Heimtali_vallavalitsus, lk 10
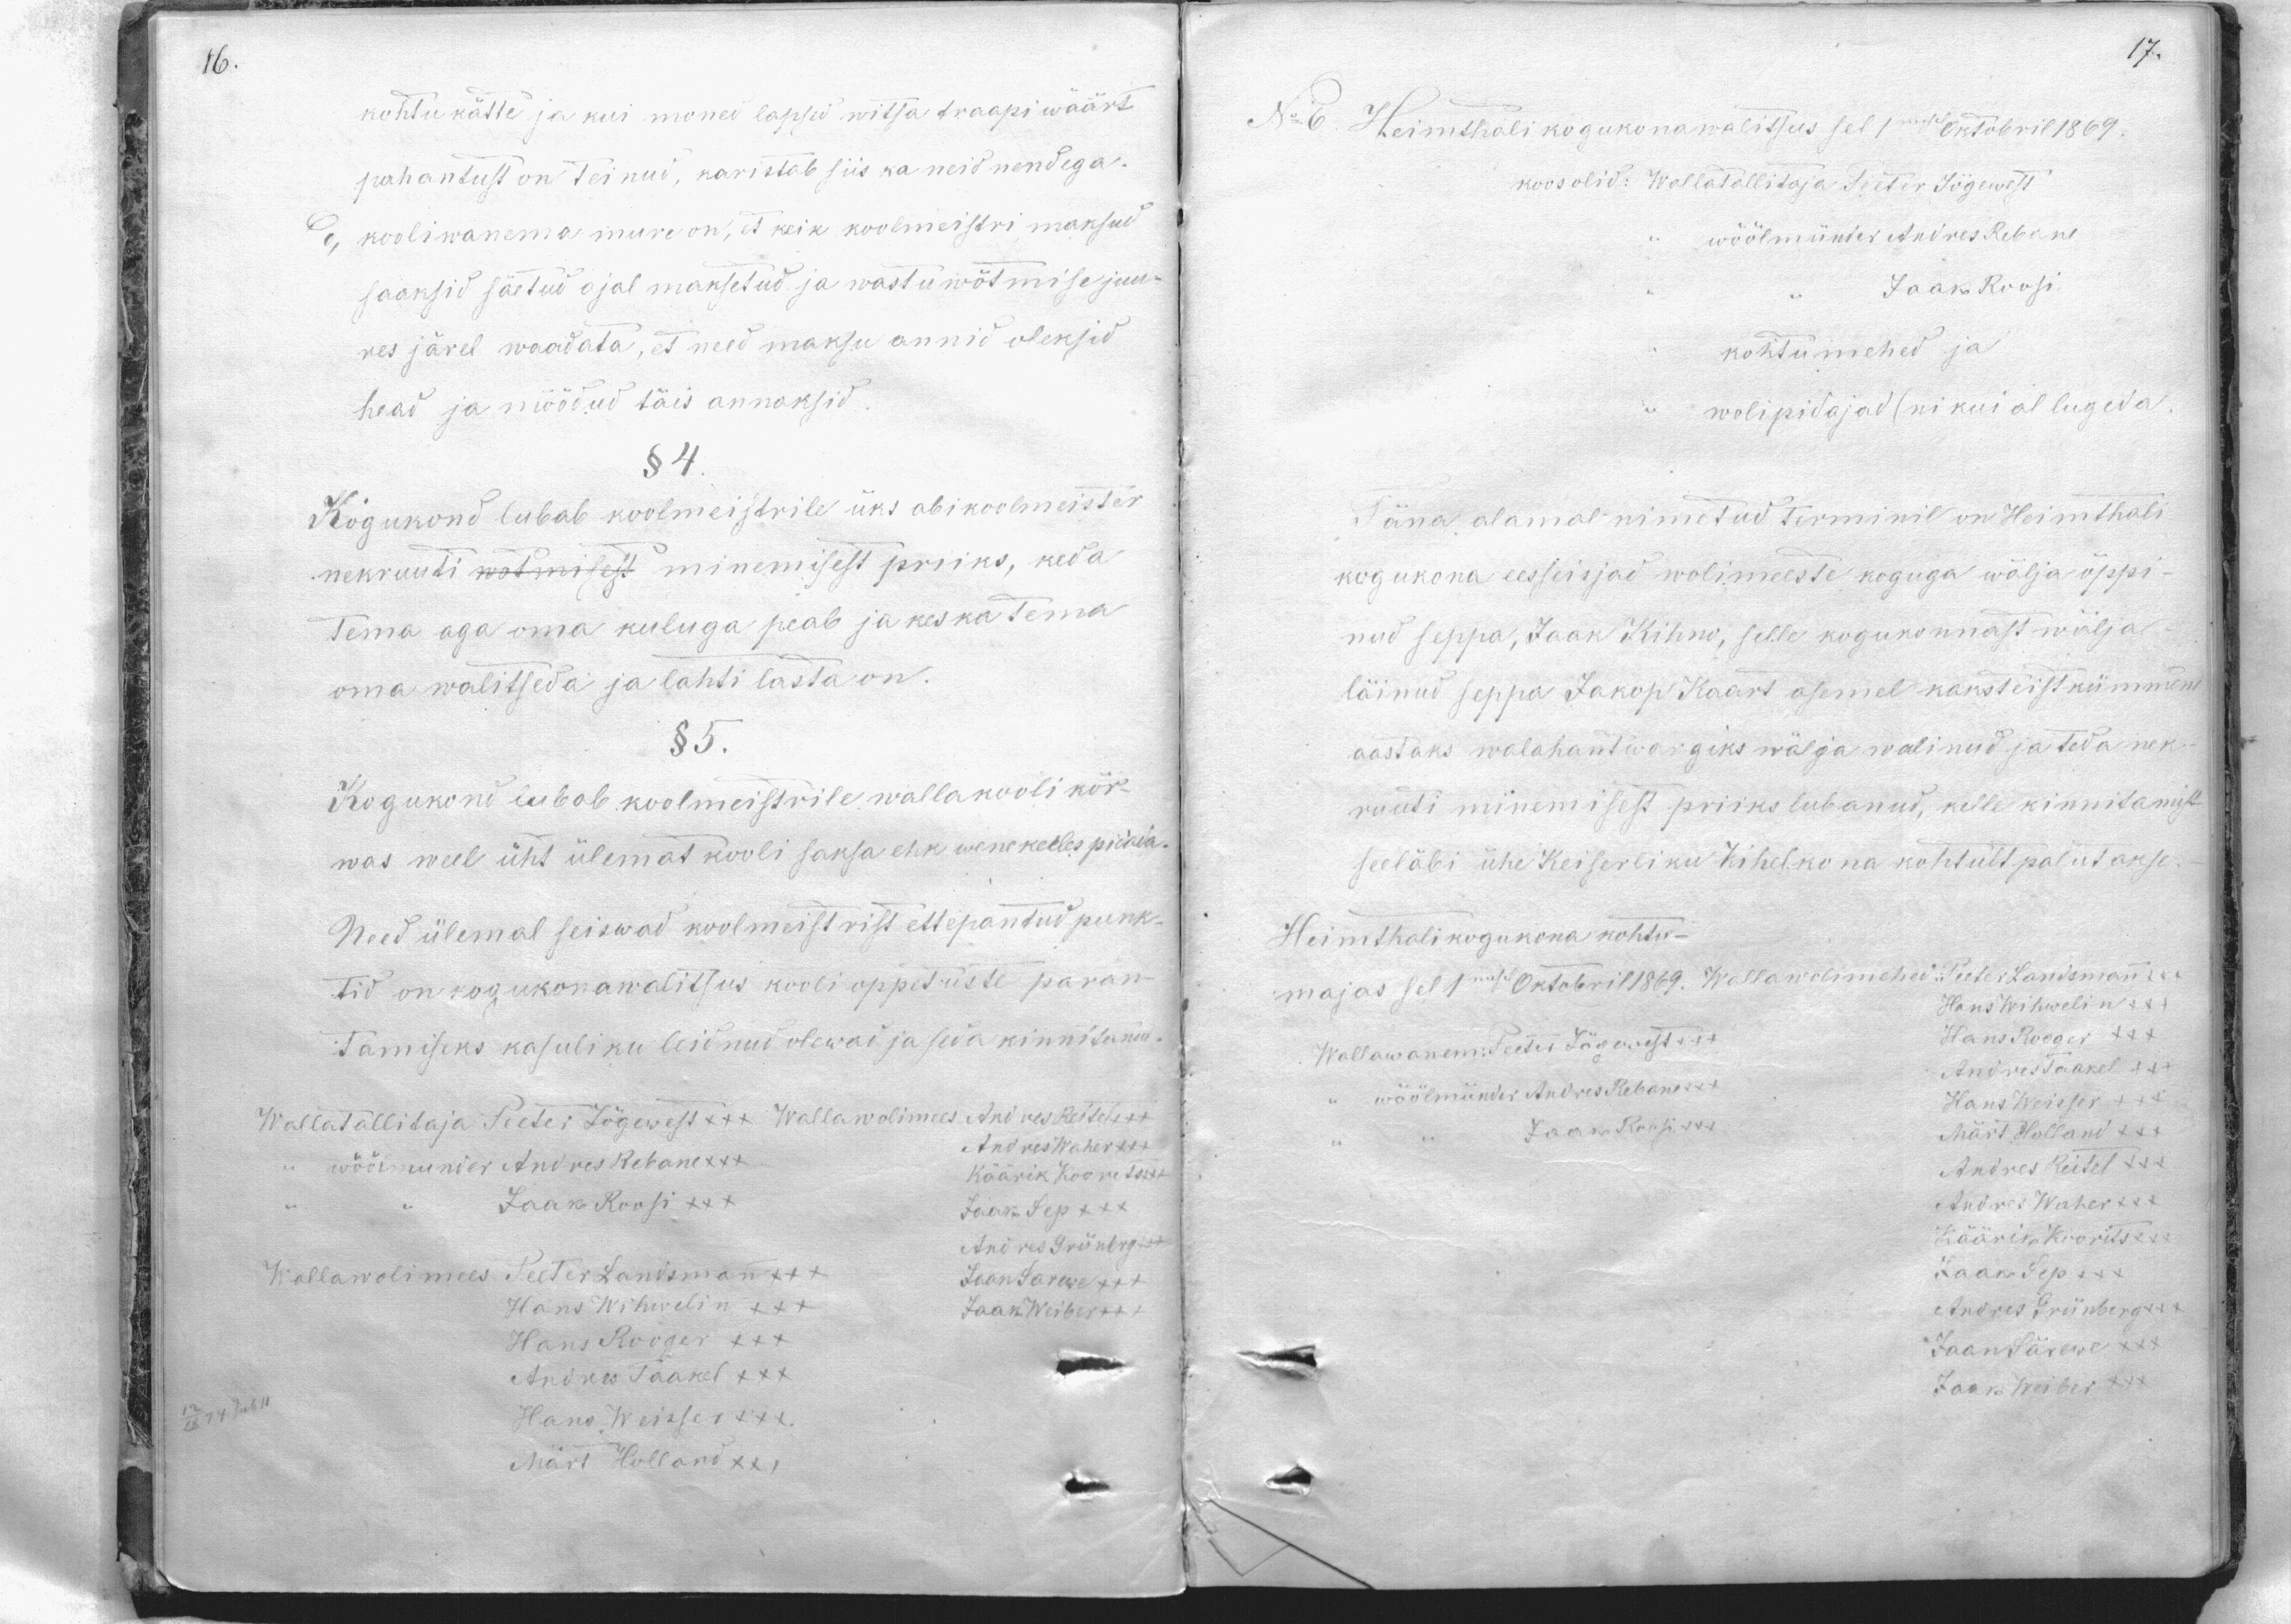
kohtu kätte ja kui moned lapsed witsa traapi wäärt
pahantust on teinud, karistab siis ka neid nendega.
3, kooliwanema mure on, et keik koolmeistri maksud
saaksid säetud ajal maksetud ja wastu wõtmise juu-
res järel waadata, et need maksu annid oleksid
head ja möödud täis annaksid.
§ 4.
Kogukond lubab koolmeistrile üks abikoolmeister
nekruuti wõtmisest minemisest priiks, keda
Tema aga oma kuluga peab ja kes ka tema
oma walitseda ja lahti lasta on.
§ 5.
Kogukond lubab koolmeistrile wallakooli kõr-
was weel üht ülemat kooli saksa ehk wene keeles piiada.
Need ülemal seiswad koolmeistrist ettepantud punk
tid on kogukonawalitsus kooli õppetuste paran-
tamiseks kasuliku leidnud olewad ja seda kinnitanud.
Wallatallitaja Peeter Jõgewest +++ Wallawolimees Andres Reitel +++
Andres waher +++
wöölmunder Andres Rebane XXX
Käärik Koore XXXX
Jaak Roosi XXX
Jaak Sep XXX
Andres Grünberg +++
Wallawolimees Peeter Landsman +++
Jaan Sarwe +++
Hans Wihwelin XXX
Jaak Weiber +++
Hans Rooger XXX
Andres Taakel XXX
Hans Weisser XXX
Märt Holland XXX

No 6. Heimthali kogukona walitsus sel 1mesel oktobril 1869.
koos olid: Wallatollitaja Peeter Jõgewest
wöölmünder Andres Rebane
Jaak Roosi
kohtumehed ja
wolipidajad (ni kui al lugeda)
Täna alamal nimetud terminil on Heimthali
kogukona eesseisjad wolimeeste koguga wälja õppi-
nud seppa, Jaak Kihno, selle kogukonnast wälja
läinud seppa Jakop Kaart asemel kaksteist kümmend
aastaks walahantwargiks wälja walinud ja teda nek-
ruuti minemisest priiks lubanud, kelle kinnitamist
seeläbi ühe Keiserliku Kihelkona kohtult palutakse
Heimthali kogukona kohtu-
majas sel 1mesel Oktobril 1869. Wallawolimehed: Peeter Landsmannes
Hans Wihwelin XXX
Wallawanem: Peeter Jõgewest +++
Hans Rooger XXX
Andres Taakel XXX
wöölmünder Andres Rebane +++
Hans Weisser +++
Jaak Roosi +++
Märt Holland XXX
Andres Reitel XXX
Andre: Waher XXX
Käärik Koorits xxx
Jaak Sep XXX
Andres Grünberg +++
Jaan Särewe XXX
Jaak Weiber XXX